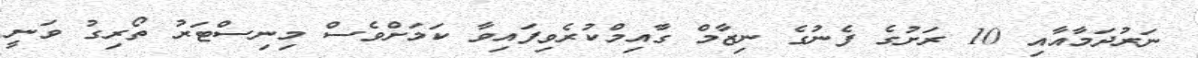
ނަރުދަމާއާއި 10 ރަށުގެ ފެނުގެ ނިޒާމް ގާއިމްކުރެވިފައިވާ ކަމަށްވެސް މިނިސްޓަރު ތޯރިގު ވަނީ